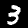
Digit: 3